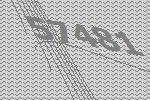
57481